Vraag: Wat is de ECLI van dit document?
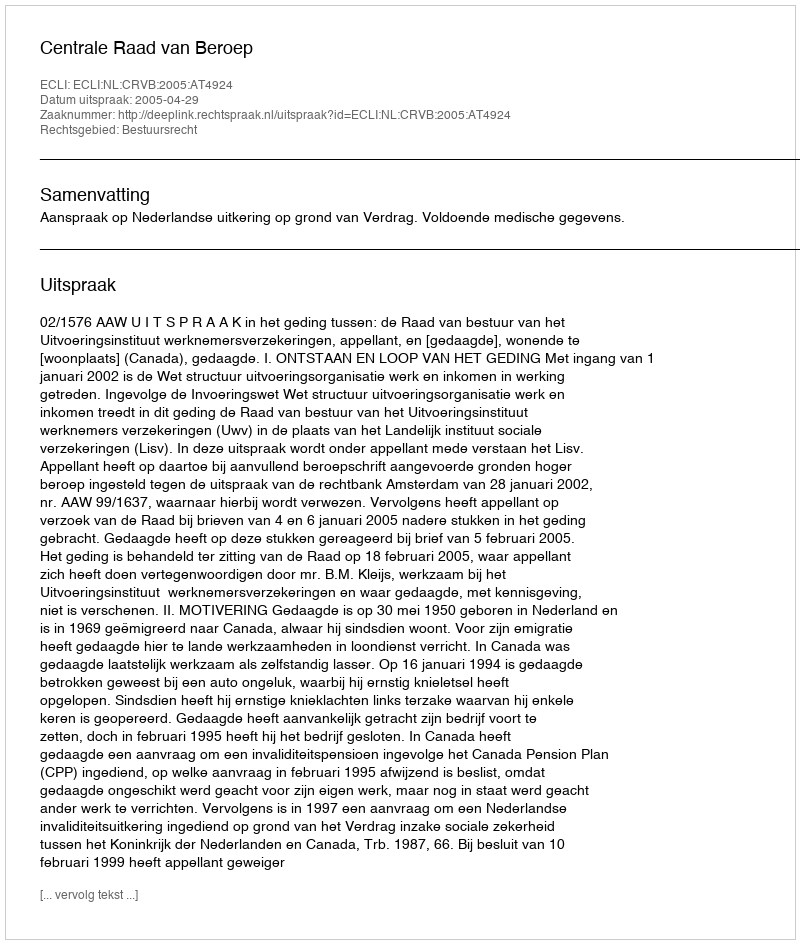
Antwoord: ECLI:NL:CRVB:2005:AT4924